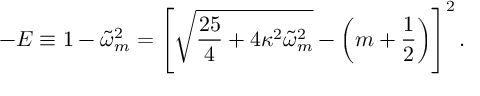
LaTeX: - E \equiv 1 - \tilde { \omega } _ { m } ^ { 2 } = \left[ \sqrt { \frac { 2 5 } { 4 } + 4 \kappa ^ { 2 } \tilde { \omega } _ { m } ^ { 2 } } - \left( m + \frac 1 2 \right) \right] ^ { 2 } .